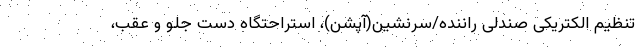
تنظیم الکتریکی صندلی راننده/سرنشین(آپشن)، استراحتگاه دست جلو و عقب،